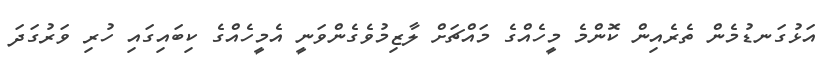
އަޅުގަނޑުމެން ތެރެއިން ކޮންމެ މީހެއްގެ މައްޗަށް ލާޒިމުވެގެންވަނީ އެމީހެއްގެ ކިބައިގައި ހުރި ވަރުގަދަ